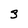
Character: 3